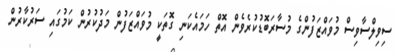
ސިވިލްސާވިސް މުވައްޒަފުންގެ މުސާރަބޮޑުކުރެވެން އޮތް ހަމައެކަނި ގޮތަކީ މުވައްޒަފުން މަދުކުރުން ކަމުގައި ސަރުކާރުން